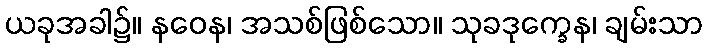
ယခုအခါ၌။ နဝေန၊ အသစ်ဖြစ်သော။ သုခဒုက္ခေန၊ ချမ်းသာ